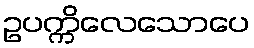
ဥပက္ကိလေသောပေ